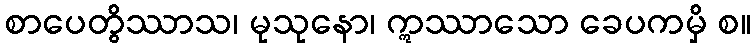
စာပေတွိဿာသ၊ မုသုနော၊ ဣဿာသော ခေပကမှိ စ။